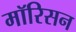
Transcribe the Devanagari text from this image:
मॉरिसन